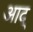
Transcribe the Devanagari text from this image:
आद्